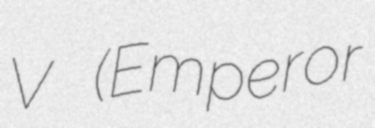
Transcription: V (Emperor